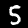
Label: 5